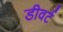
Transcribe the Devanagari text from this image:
डीवर्ट